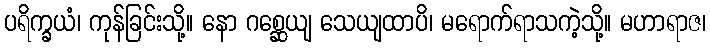
ပရိက္ခယံ၊ ကုန်ခြင်းသို့။ နော ဂစ္ဆေယျ သေယျထာပိ၊ မရောက်ရာသကဲ့သို့။ မဟာရာဇ၊